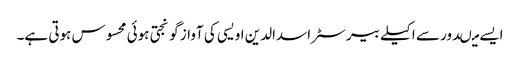
ایسے میںدور سے اکیلے بیرسٹر اسدالدین اویسی کی آواز گونجتی ہوئی محسوس ہوتی ہے۔